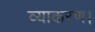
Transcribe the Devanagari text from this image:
व्याकरण।